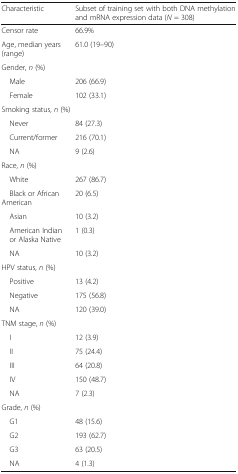
<table><thead><tr><td><b>Characteristic</b></td><td><b>Subset of training set with both DNA methylation and mRNA expression data (<i>N</i> = 308)</b></td></tr></thead><tbody><tr><td>Censor rate</td><td>66.9%</td></tr><tr><td>Age, median years (range)</td><td>61.0 (19–90)</td></tr><tr><td colspan="2">Gender, <i>n</i> (%)</td></tr><tr><td> Male</td><td>206 (66.9)</td></tr><tr><td> Female</td><td>102 (33.1)</td></tr><tr><td colspan="2">Smoking status, <i>n</i> (%)</td></tr><tr><td> Never</td><td>84 (27.3)</td></tr><tr><td> Current/former</td><td>216 (70.1)</td></tr><tr><td> NA</td><td>9 (2.6)</td></tr><tr><td colspan="2">Race, <i>n</i> (%)</td></tr><tr><td> White</td><td>267 (86.7)</td></tr><tr><td> Black or African American</td><td>20 (6.5)</td></tr><tr><td> Asian</td><td>10 (3.2)</td></tr><tr><td> American Indian or Alaska Native</td><td>1 (0.3)</td></tr><tr><td> NA</td><td>10 (3.2)</td></tr><tr><td colspan="2">HPV status, <i>n</i> (%)</td></tr><tr><td> Positive</td><td>13 (4.2)</td></tr><tr><td> Negative</td><td>175 (56.8)</td></tr><tr><td> NA</td><td>120 (39.0)</td></tr><tr><td colspan="2">TNM stage, <i>n</i> (%)</td></tr><tr><td> I</td><td>12 (3.9)</td></tr><tr><td> II</td><td>75 (24.4)</td></tr><tr><td> III</td><td>64 (20.8)</td></tr><tr><td> IV</td><td>150 (48.7)</td></tr><tr><td> NA</td><td>7 (2.3)</td></tr><tr><td colspan="2">Grade, <i>n</i> (%)</td></tr><tr><td> G1</td><td>48 (15.6)</td></tr><tr><td> G2</td><td>193 (62.7)</td></tr><tr><td> G3</td><td>63 (20.5)</td></tr><tr><td> NA</td><td>4 (1.3)</td></tr></tbody></table>